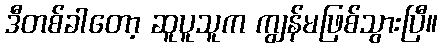
ဒီတစ်ခါတော့ ဆူပူသူက ကျွန်မဖြစ်သွားပြီ။